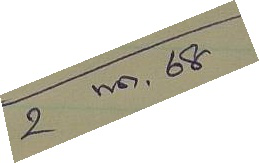
2 พ.ค. 68